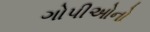
ગોપીઓનો